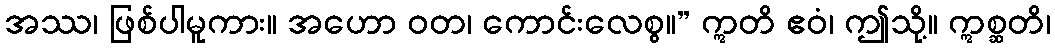
အဿ၊ ဖြစ်ပါမူကား။ အဟော ဝတ၊ ကောင်းလေစွ။” ဣတိ ဧဝံ၊ ဤသို့။ ဣစ္ဆတိ၊